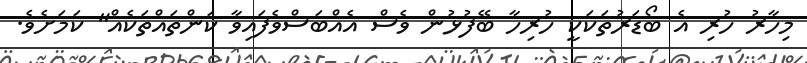
މިހާރު ހުރި އެ ބޯޑަރުތަކަކީ ހުރިހާ ބޭފުޅުން ވެސް އެއްބަސްވެފައިވާ ކަންތައްތަކެއް" ކަމަށެވެ.